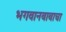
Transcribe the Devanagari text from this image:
भगवानबाबाचा